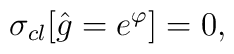
\sigma_{cl}[\hat g=e^{\varphi}]=0,